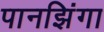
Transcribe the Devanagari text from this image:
पानझिंगा